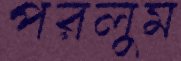
পরলুম